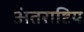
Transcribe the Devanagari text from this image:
अंतराष्टिय